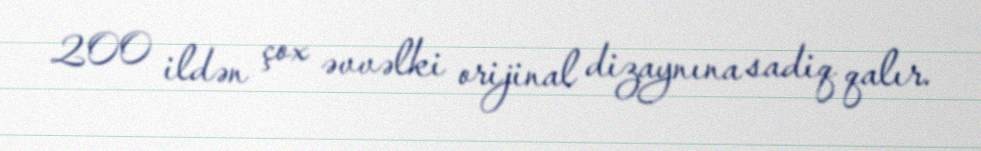
200 ildən çox əvvəlki orijinal dizaynına sadiq qalır.